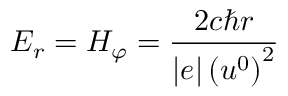
E _ { r } = H _ { \varphi } = \frac { 2 c \hbar r } { \left| e \right| \left( u ^ { 0 } \right) ^ { 2 } }